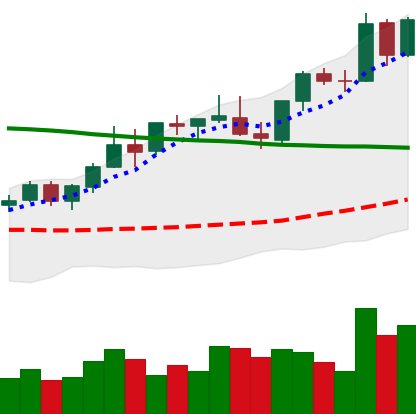
Ticker: BNB-USD
Chart end date: 2021-08-25
Forward return: -8.611%
Label: down_7plus